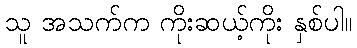
သူ အသက်က ကိုးဆယ့်ကိုး နှစ်ပါ။